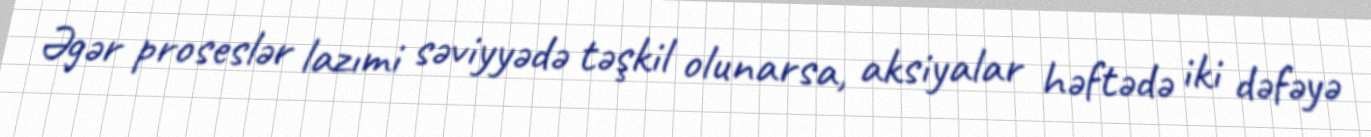
Əgər proseslər lazımi səviyyədə təşkil olunarsa, aksiyalar həftədə iki dəfəyə